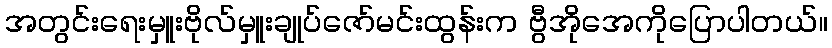
အတွင်းရေးမှူးဗိုလ်မှူးချုပ်ဇော်မင်းထွန်းက ဗွီအိုအေကိုပြောပါတယ်။